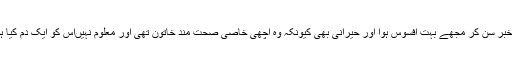
یہ خبر سن کر مجھے بہت افسوس ہوا اور حیرانی بھی کیونکہ وہ اچھی خاصی صحت مند خاتون تھی اور معلوم نہیں‌اس کو ایک دم کیا ہوا؟